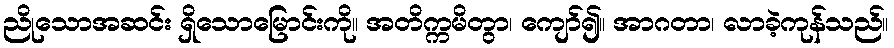
ညိုသောအဆင်း ရှိသောမြောင်းကို။ အတိက္ကမိတွာ၊ ကျော်၍။ အာဂတာ၊ လာခဲ့ကုန်သည်။